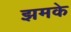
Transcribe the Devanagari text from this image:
झमके